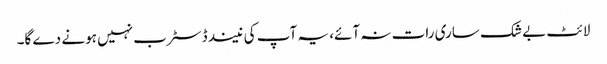
لائٹ بے شک ساری رات نہ آئے، یہ آپ کی نیند ڈسٹرب نہیں ہونے دے گا۔